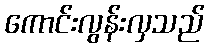
ကောင်းလွန်းလှသည်